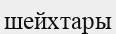
шейхтары